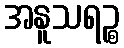
အနူသရဉ္စ